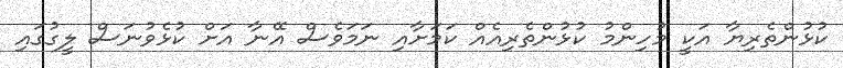
ކުޅުންތެރިޔާ އަކީ މުހިންމު ކުޅުންތެރިއެއް ކަމަށާއި ނަމަވެސް އޭނާ އަށް ކުޅެވުނަސް ލީގުގައި